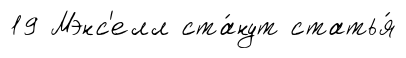
19 Мэнс'елл ста́нут статья́